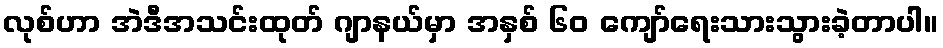
လုစ်ဟာ အဲဒီအသင်းထုတ် ဂျာနယ်မှာ အနှစ် ၆၀ ကျော်ရေးသားသွားခဲ့တာပါ။